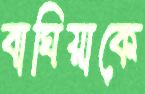
বাঘিয়াকে